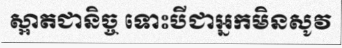
ស្អាតជានិច្ច ទោះបីជាអ្នកមិនសូវ